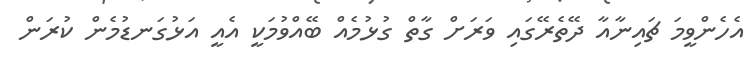
އެހެންވީމަ ޗައިނާއާ ދޭތެރޭގައި ވަރަށް ގާތް ގުޅުމެއް ބޭއްވުމަކީ އެއީ އަޅުގަނޑުމެން ކުރަން